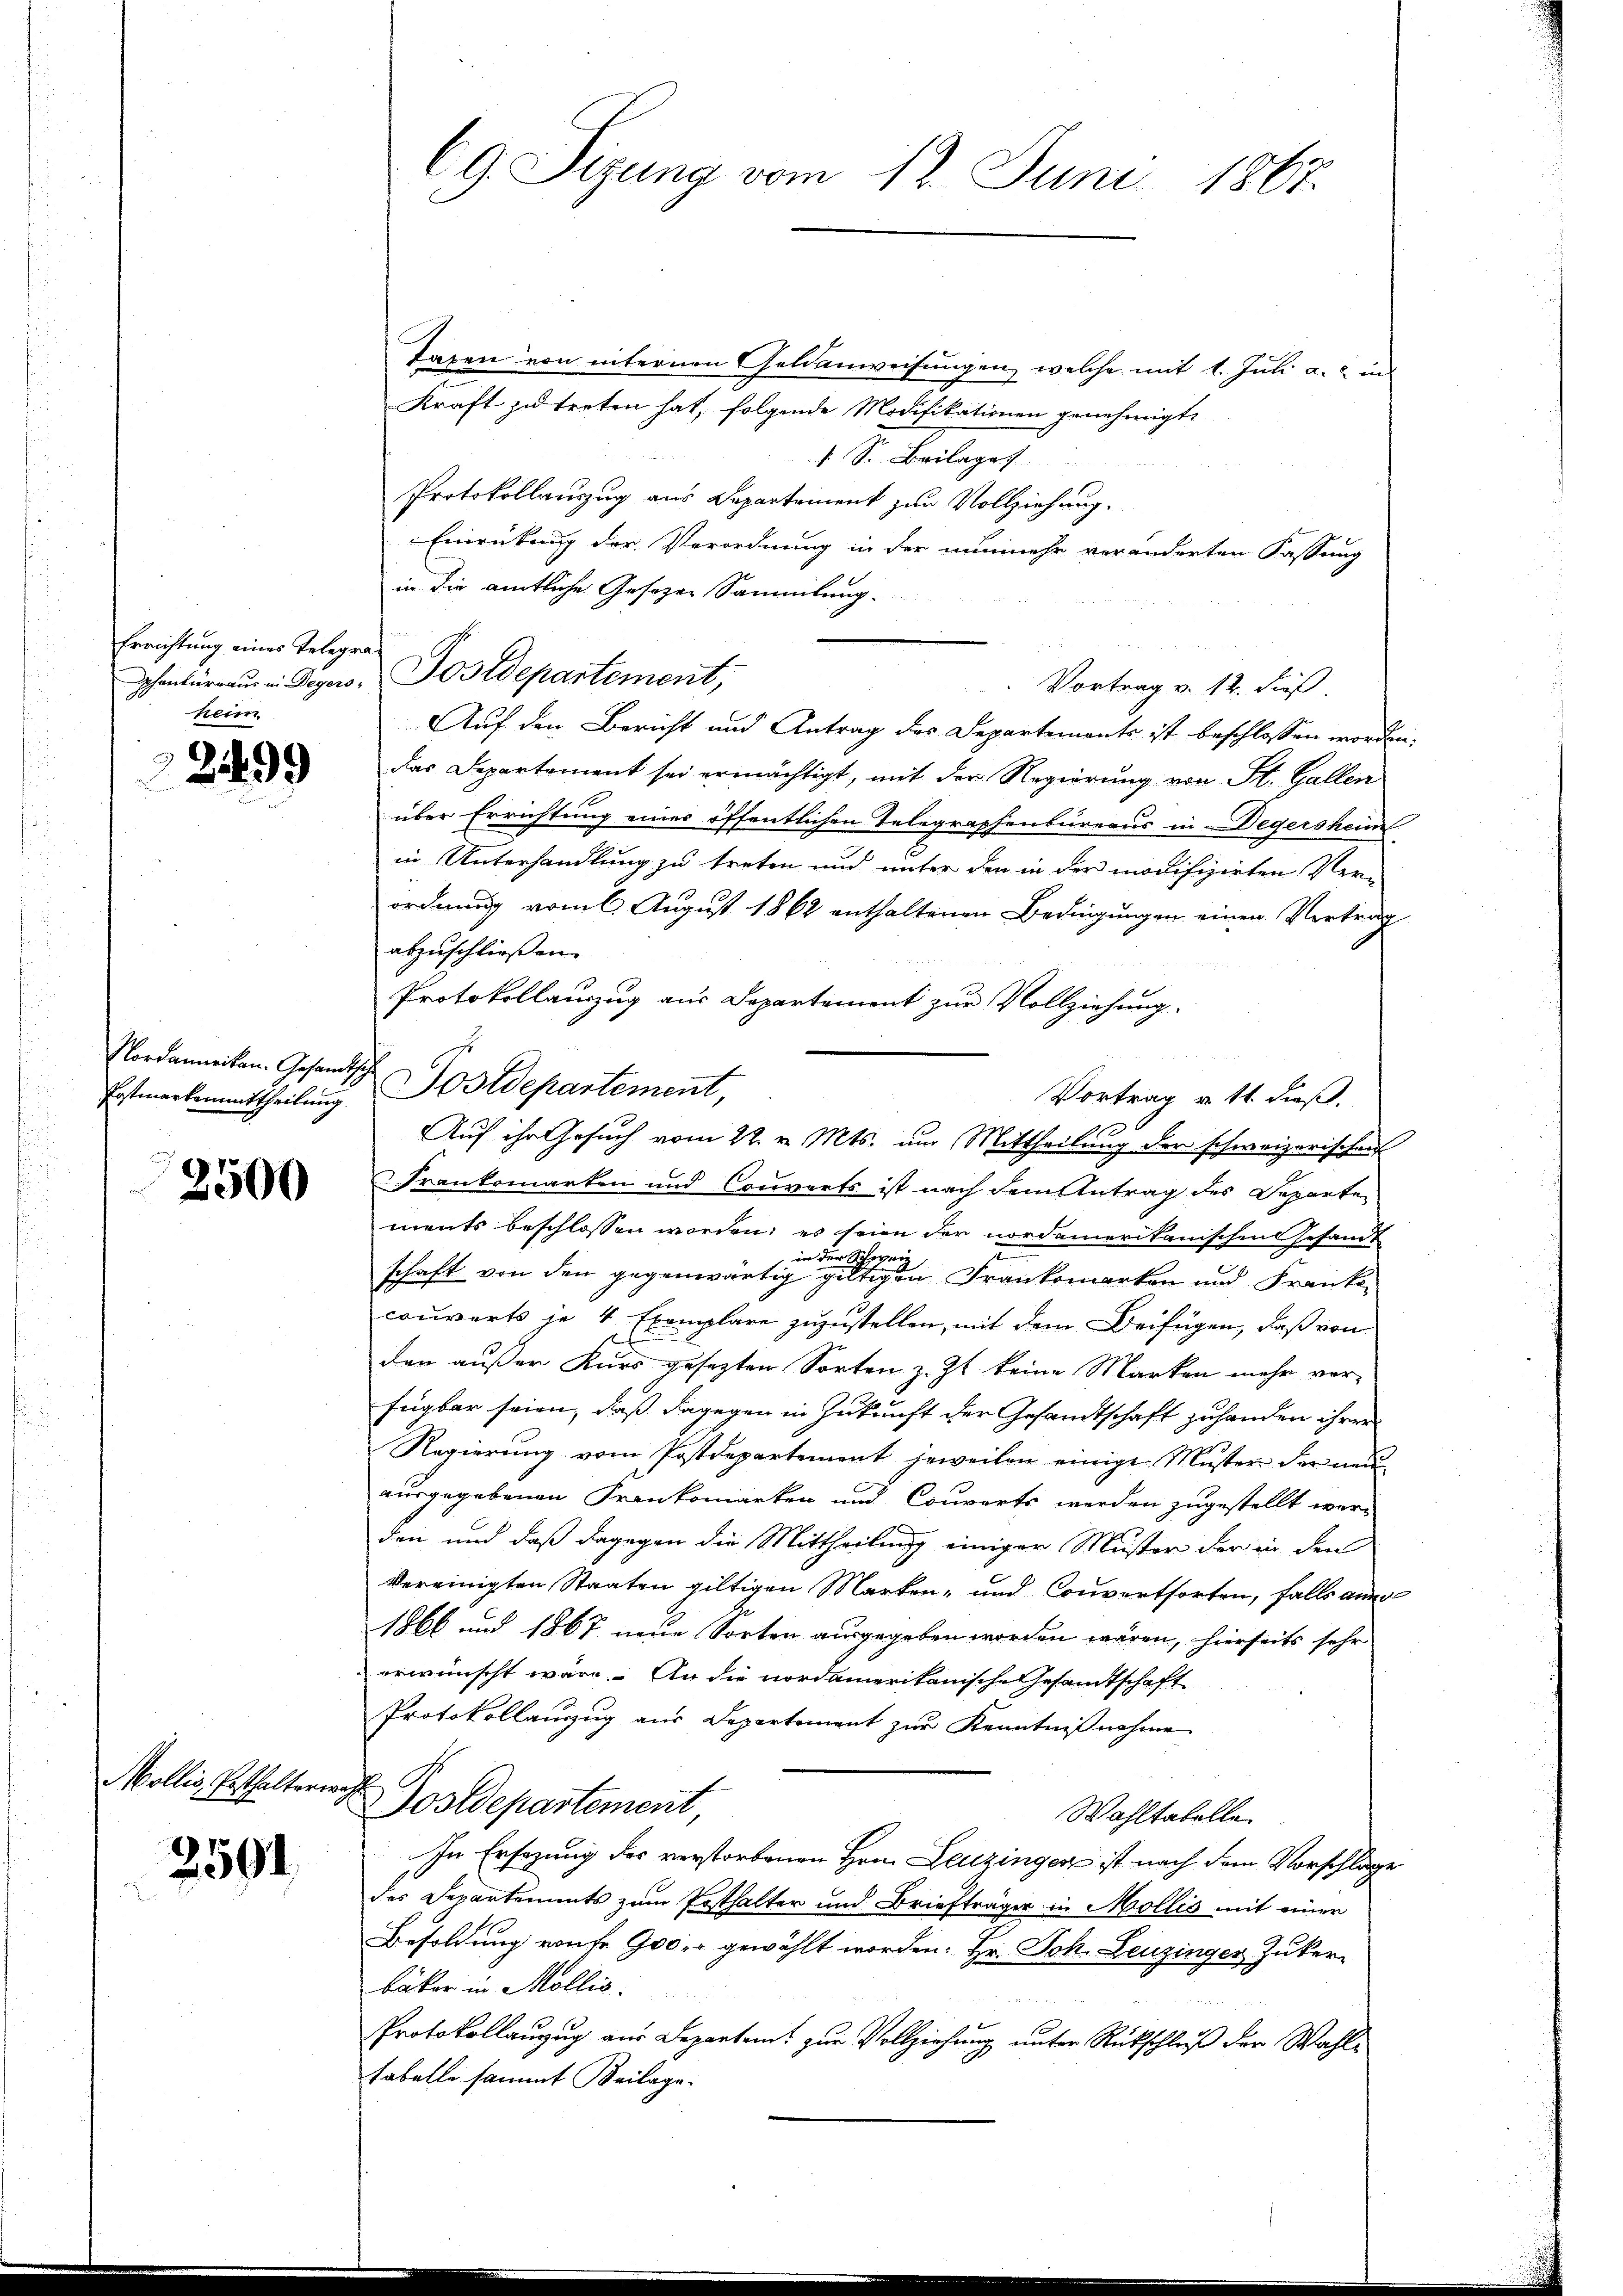
Errichtung eines Telegraheim

2499

Nordamerikan. Gesandtsche
Postmarkenmittheilung

2500

Mollis Enthaltern

2594

Taxen von internen Geldanweisungen, welche mit 1. Juli a. in
Kraft zu treten hat, folgende Modifikationen genehmigt.
1 S. Beilage
Protokollauszug aus Departement zur Vollziehung.
Einrückung der Verordnung in der nunmehr veränderten Fassung
in die amtliche Gesezen Sammlung.
phenbüreaŭs in Degers, Postdepartement,
Vortrag v. 12. dieß
Auf den Bericht und Antrag des Departements ist beschlossen worden.
das Departement sei ermächtigt, mit der Regierung von St. Gallen
über Errichtung eines öffentlichen Telegraphenbureaus in Degersheim
in Unterhandlung zu treten und unter den in der modifizirten Verordnung vom 6. August 1862 enthaltenen Bedingungen einen Vertrag
abzuschließen.
Protokollauszug aus Departement zur Vollziehung.
Sostdepartement,
Vortrag u. 11 dieß.
Frankomarken und Converts ist nach dem Antrag des Departe
ments beschlossen worden; es seien der nordamerikanischen Gesandt
e
in der Schwei
schaft von den gegenwärtig gültigen Frankemarken und Franke
couverts je 4 Exemplare zuzustellen, mit dem Beifügen, daß von
den außer Kurs gesezten Sorten z. Zt. keine Marken mehr vor-
fügbar seien, daß dagegen in Zukunft der Gesandtschaft zuhanden ihrer
Regierung vom Postdepartement jeweilen einige Muster der neuausgegebenen Frankomarken und Courorts werden zugestellt were
den und daß dagegen die Mittheilung einiger Muster der in den
vereinigten Staaten gültigen Marken- und Converthorten, falls aner
1866 und 1867 neue Sorten ausgegeben worden wären, hierseits sehr
erwünscht wäre. An die nordamerikanische Gesandtschaft
Protokollanzug aus Departement zŭr Kenntniβnahme
Postdepartement,
Wahltabellen
In Ersezung des verstorbenen Hrn. Leuzinger ist nach dem Vorschläge
des Departements zum Posthalter und Briefträger in Mollis mit einer
Besoldung von 900 gewählt worden. Hr. Joh. Leuzinger Zuker
bäker in Mollis.
Protokollauzug aus Departem zur Vollziehung unter Rückschluß der Wahltabelle sammt Beilage

69 Sizung vom 12. Juni 1867.

Auf ihr Gesuch vom 22. v. Mts. um Mittheilung der schweizerischen